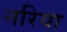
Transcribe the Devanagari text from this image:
नरिया